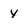
Character: y